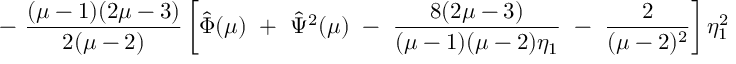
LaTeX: - ~ \frac { ( \mu - 1 ) ( 2 \mu - 3 ) } { 2 ( \mu - 2 ) } \left[ \hat { \Phi } ( \mu ) ~ + ~ \hat { \Psi } ^ { 2 } ( \mu ) ~ - ~ \frac { 8 ( 2 \mu - 3 ) } { ( \mu - 1 ) ( \mu - 2 ) \eta _ { 1 } } ~ - ~ \frac { 2 } { ( \mu - 2 ) ^ { 2 } } \right] \eta _ { 1 } ^ { 2 }